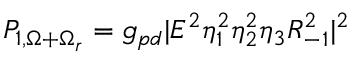
P _ { 1 , \Omega + \Omega _ { r } } = g _ { p d } | E ^ { 2 } \eta _ { 1 } ^ { 2 } \eta _ { 2 } ^ { 2 } \eta _ { 3 } R _ { - 1 } ^ { 2 } | ^ { 2 }